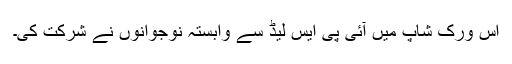
اس ورک شاپ میں آئی پی ایس لیڈ سے وابستہ نوجوانوں نے شرکت کی۔